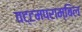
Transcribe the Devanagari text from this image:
वट्टमपराम्बिल